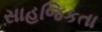
સાહજિકતા